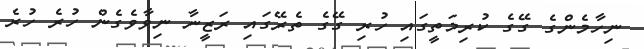
ނިހާމެންގެ ގޭގެ ކުރިމަތީގައި ހުރި ގޭގެ ތެރޭގައި ރަޒީނާ ނިވާވެގެން ހުރެ ހުރެ